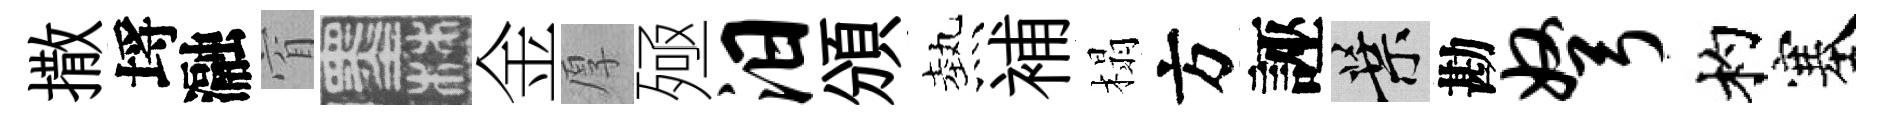
撒埓瀜窅墨金厚殛汨頒熱補榻方誣葉勘弩杓塞